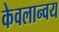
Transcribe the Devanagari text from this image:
केवलान्वय